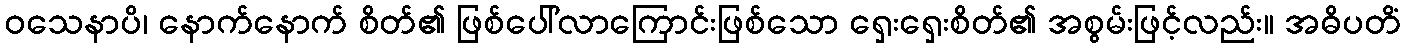
ဝသေနာပိ၊ နောက်နောက် စိတ်၏ ဖြစ်ပေါ်လာကြောင်းဖြစ်သော ရှေးရှေးစိတ်၏ အစွမ်းဖြင့်လည်း။ အဓိပတိံ